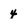
Character: 4